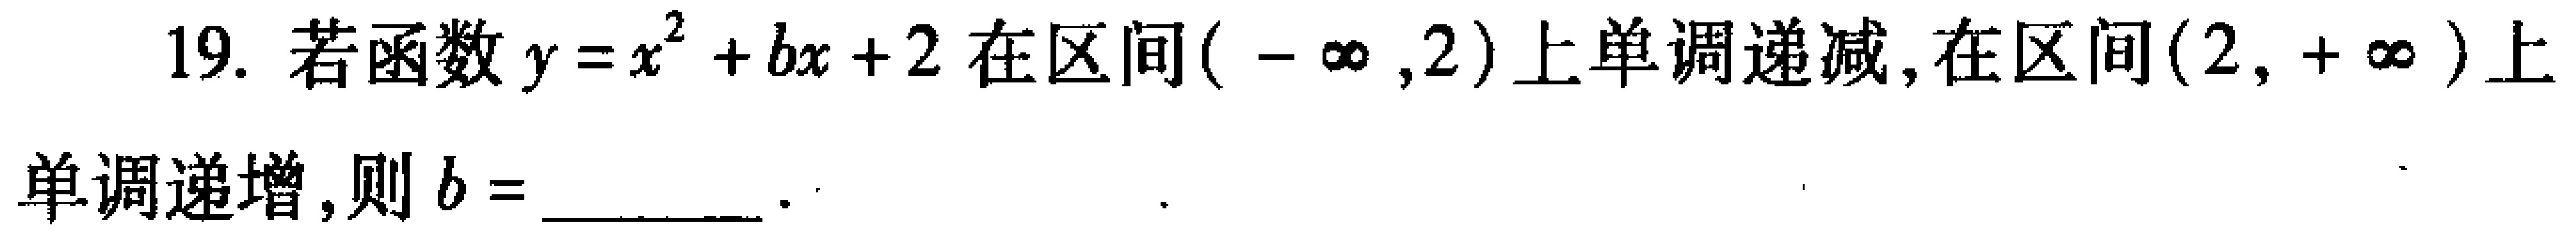
19. 若函数\(y = x^{2}+bx + 2\)在区间\((-\infty,2)\)上单调递减，在区间\((2,+\infty)\)上单调递增，则\(b =\)________ ．